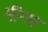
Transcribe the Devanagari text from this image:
मीनर